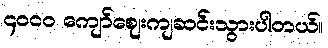
၄၀၀၀ ကျော်ဈေးကျဆင်းသွားပါတယ်။